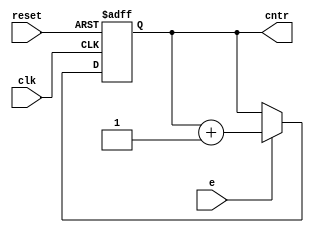
module mod8_counter
(
	input clk, reset, e,
	output reg [2:0] cntr
);
//reg [2:0] cntr;
always@(posedge clk, posedge reset)
begin
	if (reset)
		cntr <= 3'b000;
	else if (e)
		cntr <= cntr + 1;
end
endmodule